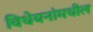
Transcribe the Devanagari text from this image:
विधेयनांमधील